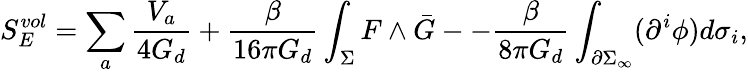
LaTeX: S_{E}^{vol}=\sum_{a}\frac{V_{a}}{4G_{d}}+\frac{\beta}{16\pi G_{d}}\int_{\Sigma}F\wedge\bar{G}--\frac{\beta}{8\pi G_{d}}\int_{\partial\Sigma_{\infty}}(\partial^{i}\phi)d\sigma_{i},